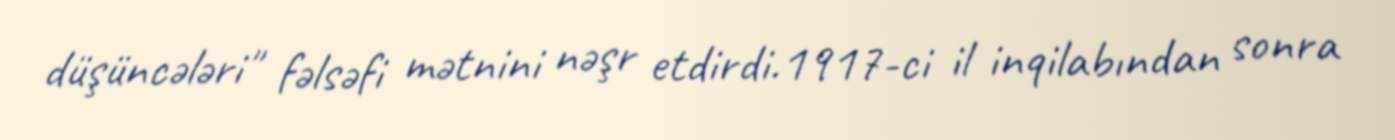
düşüncələri" fəlsəfi mətnini nəşr etdirdi.1917-ci il inqilabından sonra